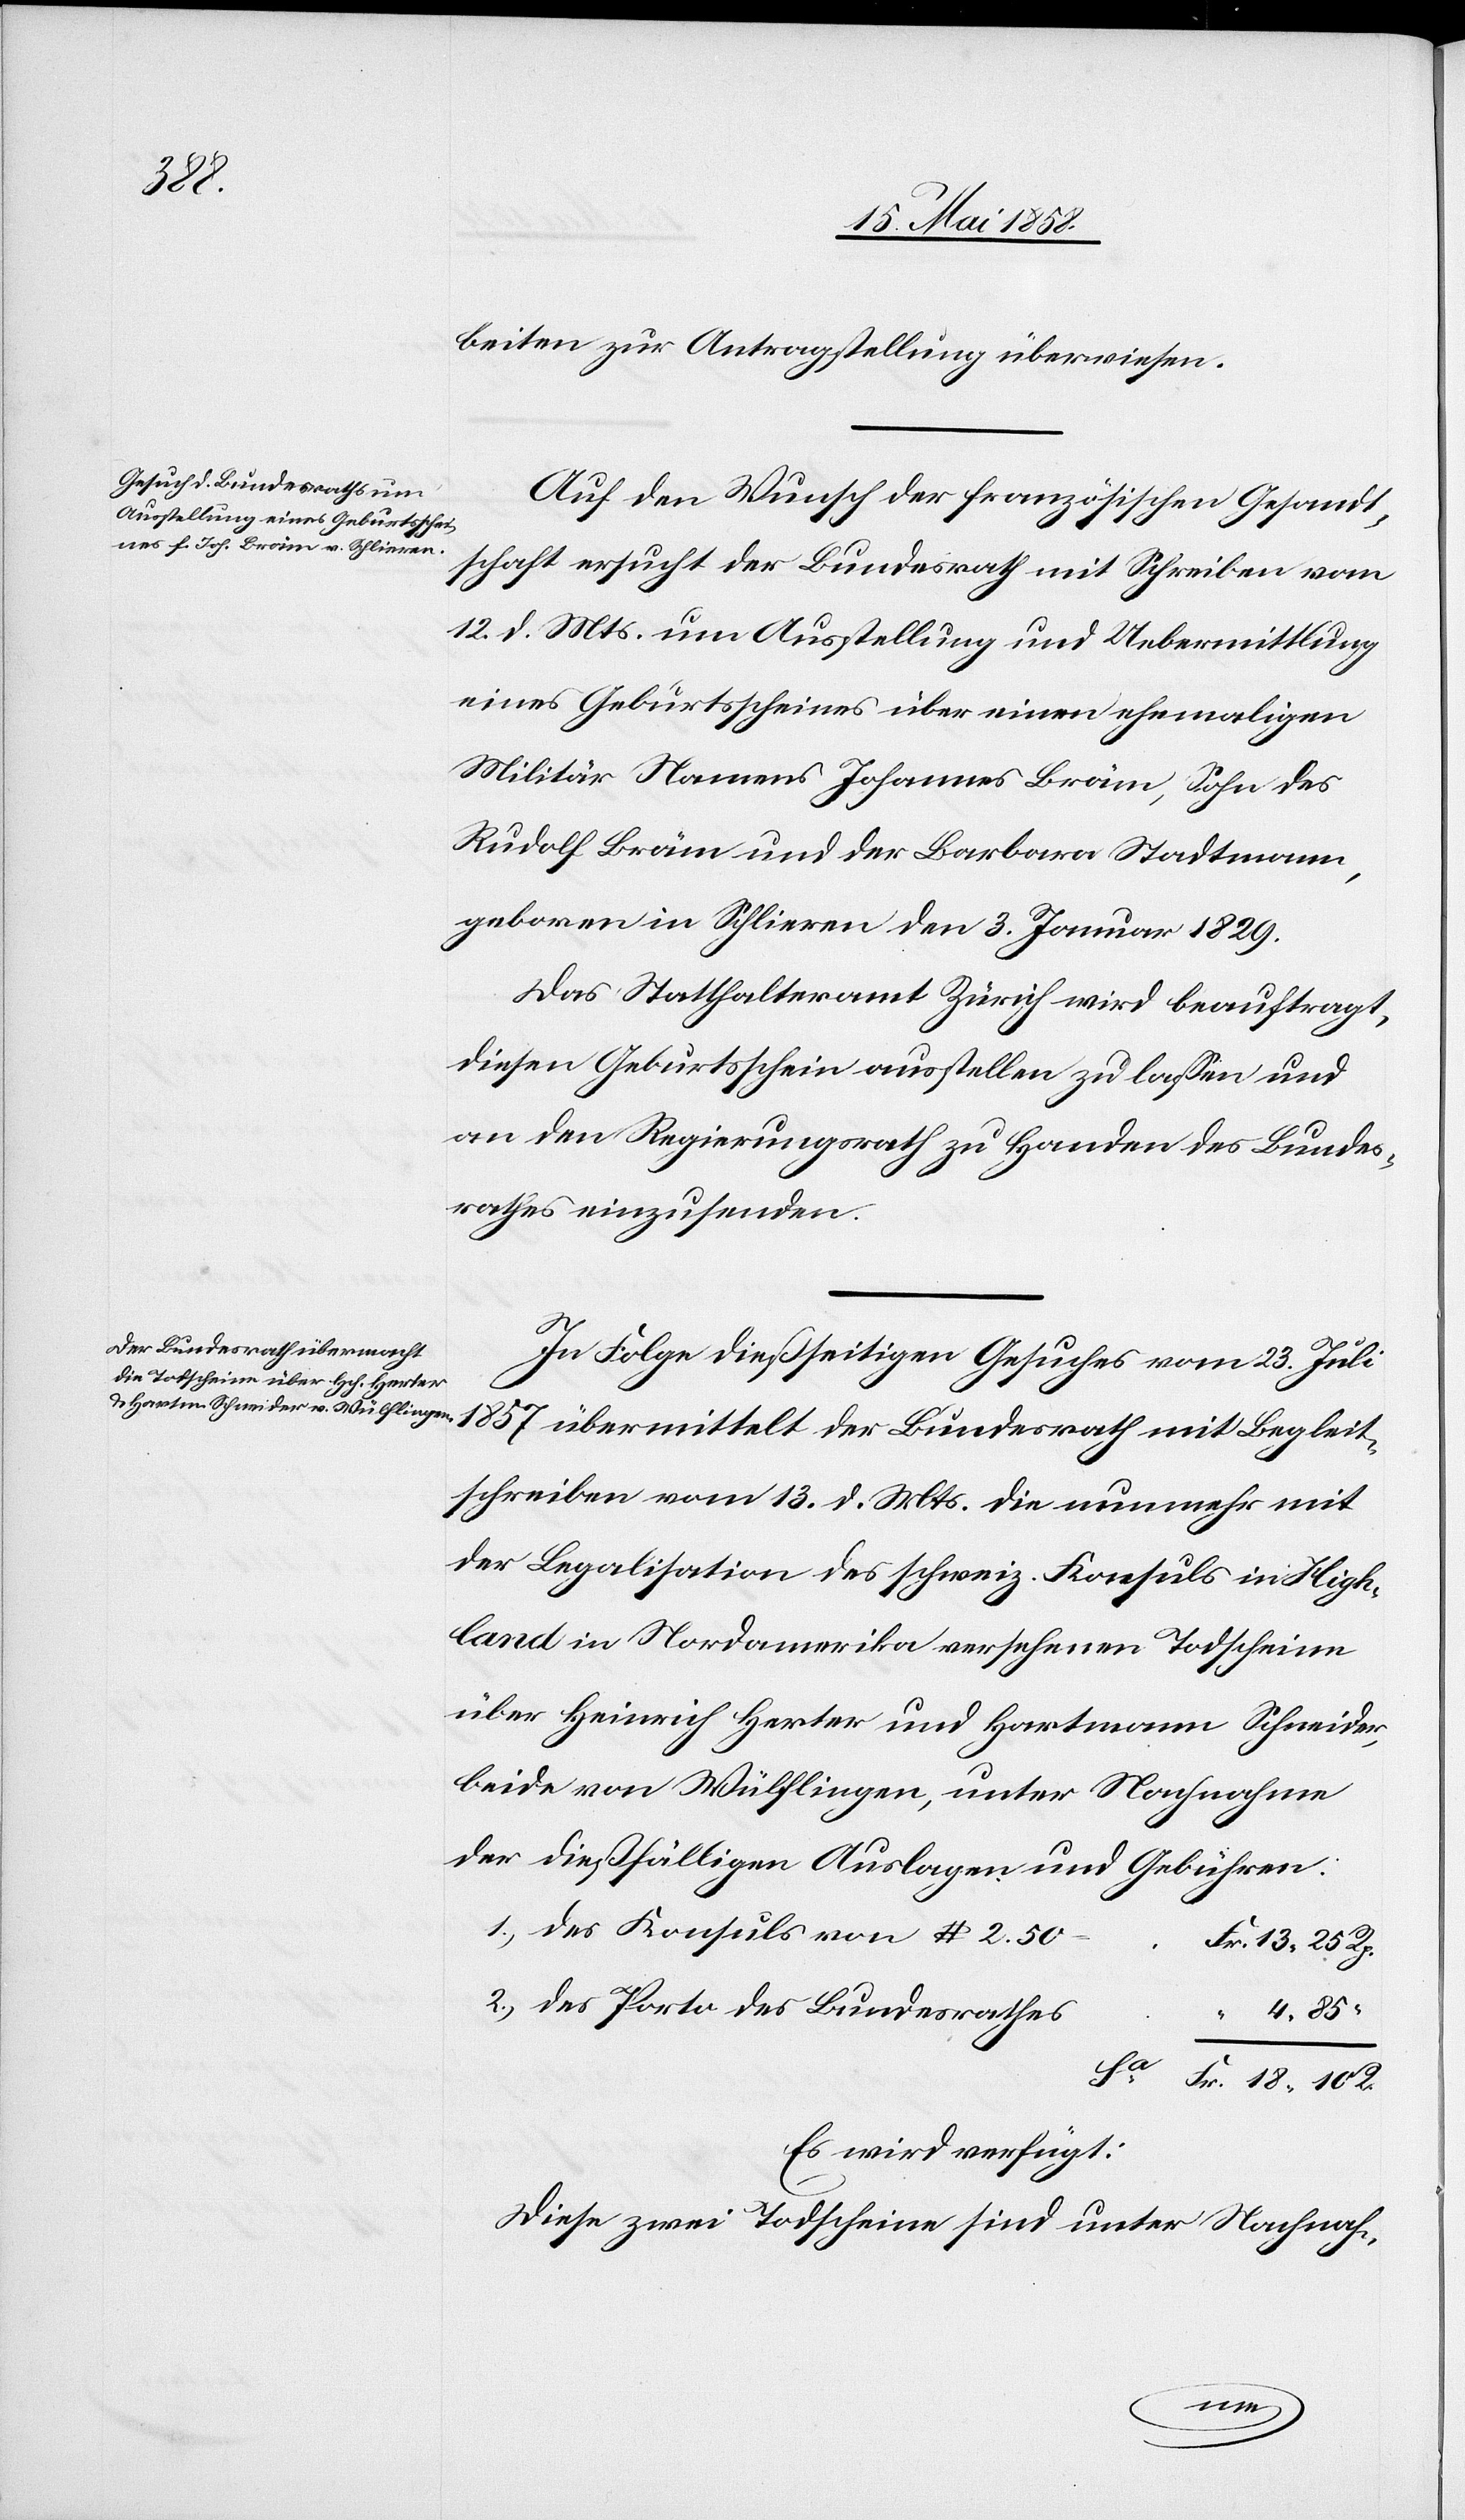
Rp.

17. Mai 1858.]
beiten zur Antragstellung überwiesen.
Auf den Wunsch der französischen Gesandt¬
schaft ersucht der Bundesrath mit Schreiben vom
12. d. Mts. um Ausstellung und Uebermittlung
eines Geburtsscheines über einen ehemaligen
Militär Namens Johannes Bräm, Sohn des
Rudolf Bräm und der Barbara Stadtmann,
geboren in Schlieren den 3. Januar 1829.
Das Statthalteramt Zürich wird beauftragt,
diesen Geburtsschein ausstellen zu lassen und
an den Regierungsrath zu Handen des Bundes¬
rathes einzusenden.
Fr.
In Folge dießseitigen Gesuches vom 23. Juli
1857 übermittelt der Bundesrath mit Begleit¬
schreiben vom 13. d. Mts. die nunmehr mit
der Legalisation des schweiz. Konsuls in High¬
land in Nordamerika versehenen Todscheine
über Heinrich Herter und Hartmann Schneider,
beide von Wülflingen, unter Nachnahme
der dießfälligen Auslagen und Gebühren.
Des Konsuls von $ 2. 50
Des Porto des Bundesrathes
R.
Es wird verfügt.
Diese zwei Todscheine sind unter Nachnah-